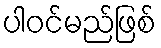
ပါဝင်မည်ဖြစ်